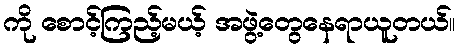
ကို စောင့်ကြည့်မယ့် အဖွဲ့တွေနေရာယူတယ်။